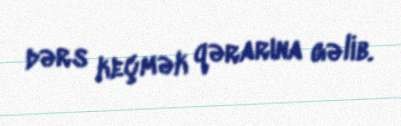
dərs keçmək qərarına gəlib.